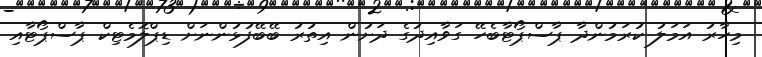
މިހާރު އަމަލު ކުރަމުންދާ ޕާސްޕޯޓާބެހޭ ގަވާއިދުގެ ދަށުން އިތުރު ބޭބޭފުޅުންނަށް ޑިޕްލޮމެޓިކް ޕާސްޕޯޓާއި